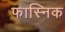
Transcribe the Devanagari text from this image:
फास्निक